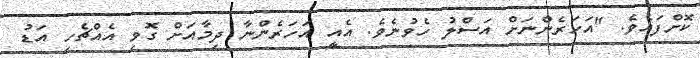
ކޮށްފައެވެ. "އަހަރެންނަށް އަސްލު ހެވުނެވެ. އެއީ އަހަރެންނާ ދިމާއަށް ގޮވި އެއްޗެހި އަޑު